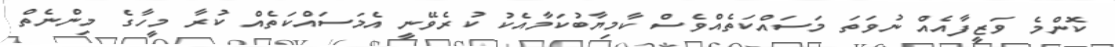
ކޮންމެ ވަޒީފާއެއް ނުވަތަ މަސައްކަތެއްވެސް ކާމިޔާބުކަމާއެކު ކުރެވޭނީ އެމަސައްކަތެއް ކުރާ މީހާގެ މިންނެތް